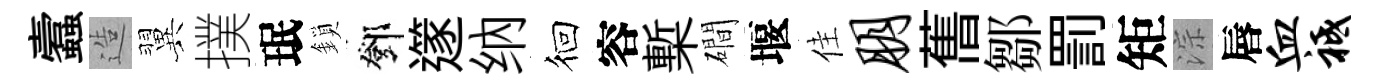
蠧造翼撲珉鎖鄧𨗹纳徊容槧磵堰佳朋𦾔鄒罰矩淙唇血祗